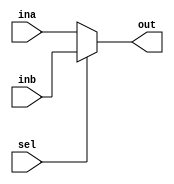
//////////////////////////////////////////MUX_2_1_MODULE/////////////////////////////////////////////////////
module mux2_1(input [31:0] ina, inb,
              input sel,
              output [31:0] out);
  
  assign out = (sel == 1'b0) ? ina : inb;

endmodule
//////////////////////////////////////////////////////////////////////////////////////////////////////////////